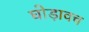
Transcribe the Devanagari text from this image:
घोड़ावच